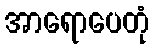
အာရောပေတုံ